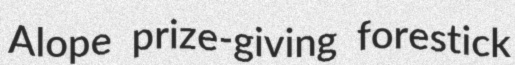
Alope prize-giving forestick